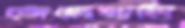
জেলেখালি